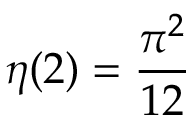
\eta ( 2 ) = { \frac { \pi ^ { 2 } } { 1 2 } }